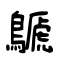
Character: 鷈